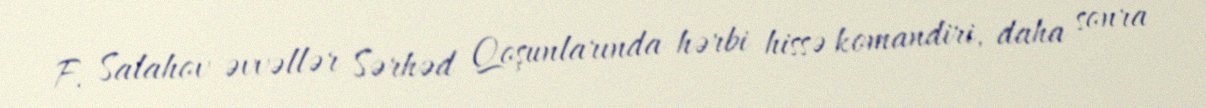
F. Salahov əvvəllər Sərhəd Qoşunlarında hərbi hissə komandiri, daha sonra